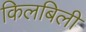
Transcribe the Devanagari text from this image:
किलबिली